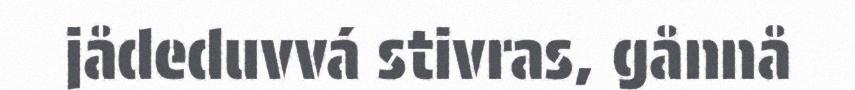
jådeduvvá stivras, gånnå